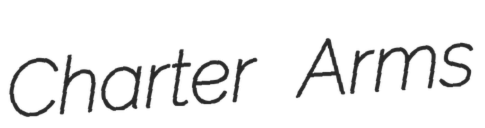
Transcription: Charter Arms